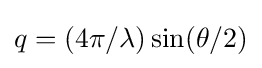
q=(4\pi /\lambda )\sin(\theta /2)